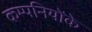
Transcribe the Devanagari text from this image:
कम्पनियोंके